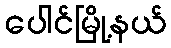
ပေါင်မြို့နယ်